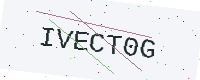
Text: IVECT0G